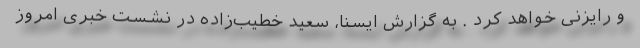
و رایزنی خواهد کرد . به گزارش ایسنا، سعید خطیب‌زاده در نشست خبری امروز